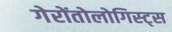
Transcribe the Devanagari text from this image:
गेरोंतोलोगिस्ट्स